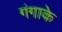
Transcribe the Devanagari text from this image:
गंगाके